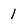
Character: 1